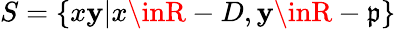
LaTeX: S=\{ x\mathbf{y}|x\inR-D,\mathbf{y}\inR-{\mathfrak{{p}}}\}